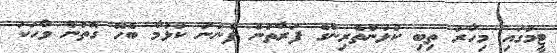
ޓީމުގައި މިހާރު ތިބި ކުޅުންތެރިންގެ ފަރާތުން ފެނުނު ކުޅުމާ ބެހޭ ގޮތުން ވާހަކަ